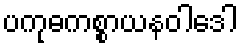
ပကုဓကစ္စာယနဝါဒေါ